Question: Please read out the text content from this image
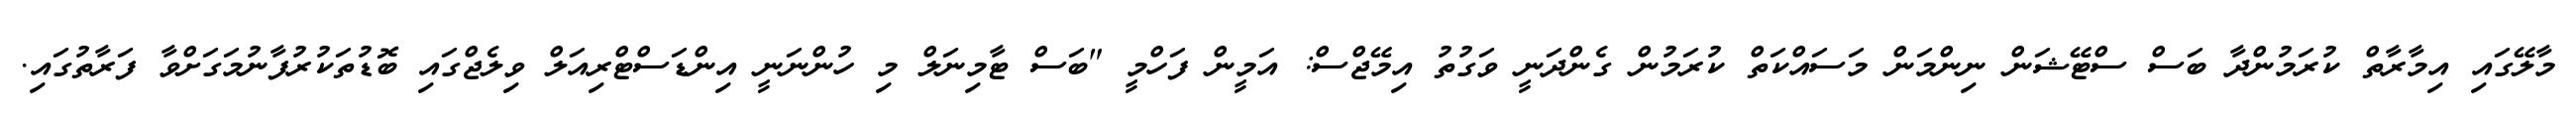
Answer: މާލޭގައި އިމާރާތް ކުރަމުންދާ ބަސް ސްޓޭޝަން ނިންމަން މަސައްކަތް ކުރަމުން ގެންދަނީ ވަގުތު އިމޭޖްސް: އަމީން ފަހްމީ "ބަސް ޓާމިނަލް މި ހުންނަނީ އިންޑަސްޓްރިއަލް ވިލެޖްގައި ބޮޑުތަކުރުފާނުމަގަށްވާ ފަރާތުގައި.